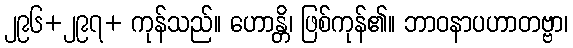
၂၉၆+၂၉၇+ ကုန်သည်။ ဟောန္တိ၊ ဖြစ်ကုန်၏။ ဘာဝနာပဟာတဗ္ဗာ၊